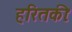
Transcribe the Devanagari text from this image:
हरितकीः